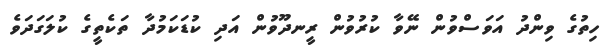
ހިތުގެ ވިންދު އަވަސްވުން ނޭވާ ކުރުވުން ރީނދޫވުން އަދި ކުޑަކަމުދާ ތަކެތީގެ ކުލަގަދަވެ